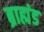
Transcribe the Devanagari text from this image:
ब्राह्मंड